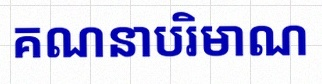
គណនាបរិមាណ